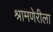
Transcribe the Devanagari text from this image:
श्रामणेरीला